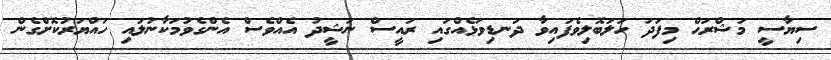
ސިޔާސީ މަޝްރަޙް މިފަދަ ހަލަބޮލިވެފައިވާ ދަނޑިވަޅެއްގައި ރައީސް ނަޝީދު އެެއްވެސް އެންގެވުމަކާނުލައި ހައްޔަރުކޮށްގެން